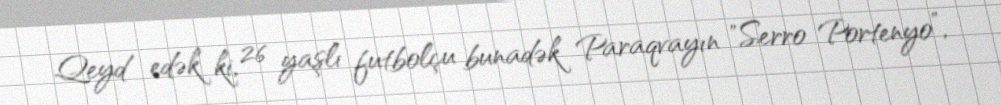
Qeyd edək ki, 26 yaşlı futbolçu bunadək Paraqvayın "Serro Portenyo”,